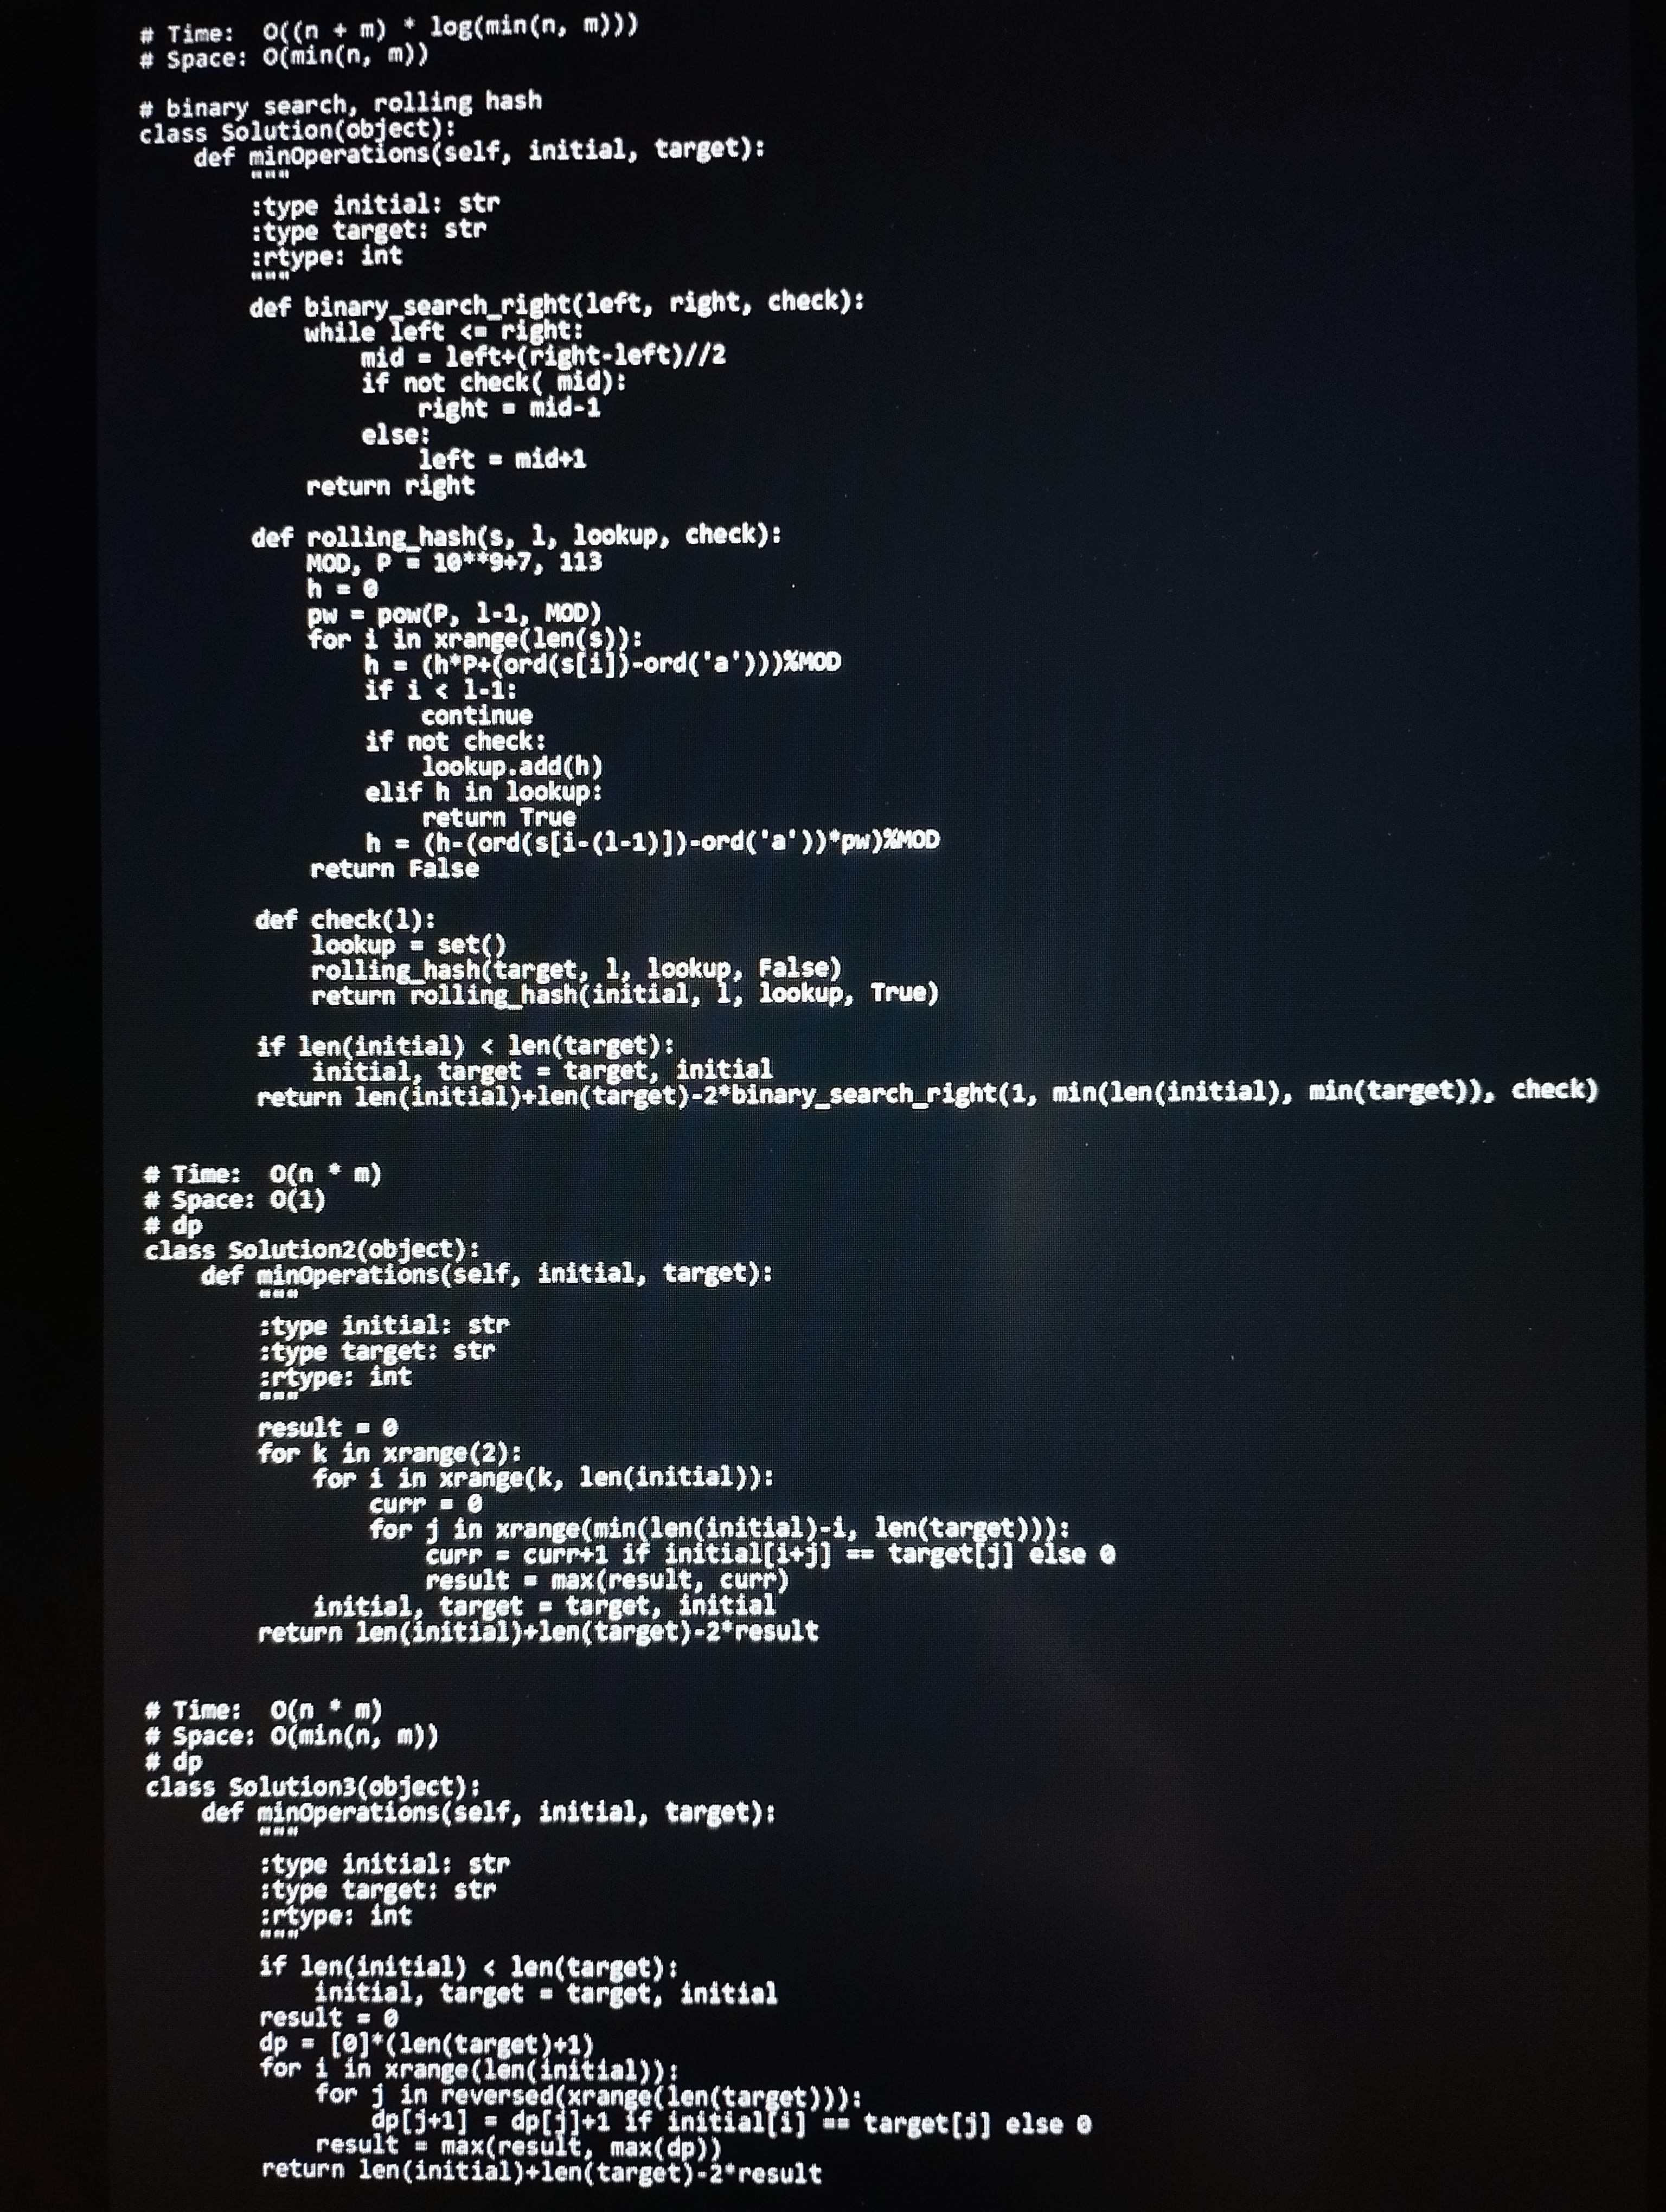
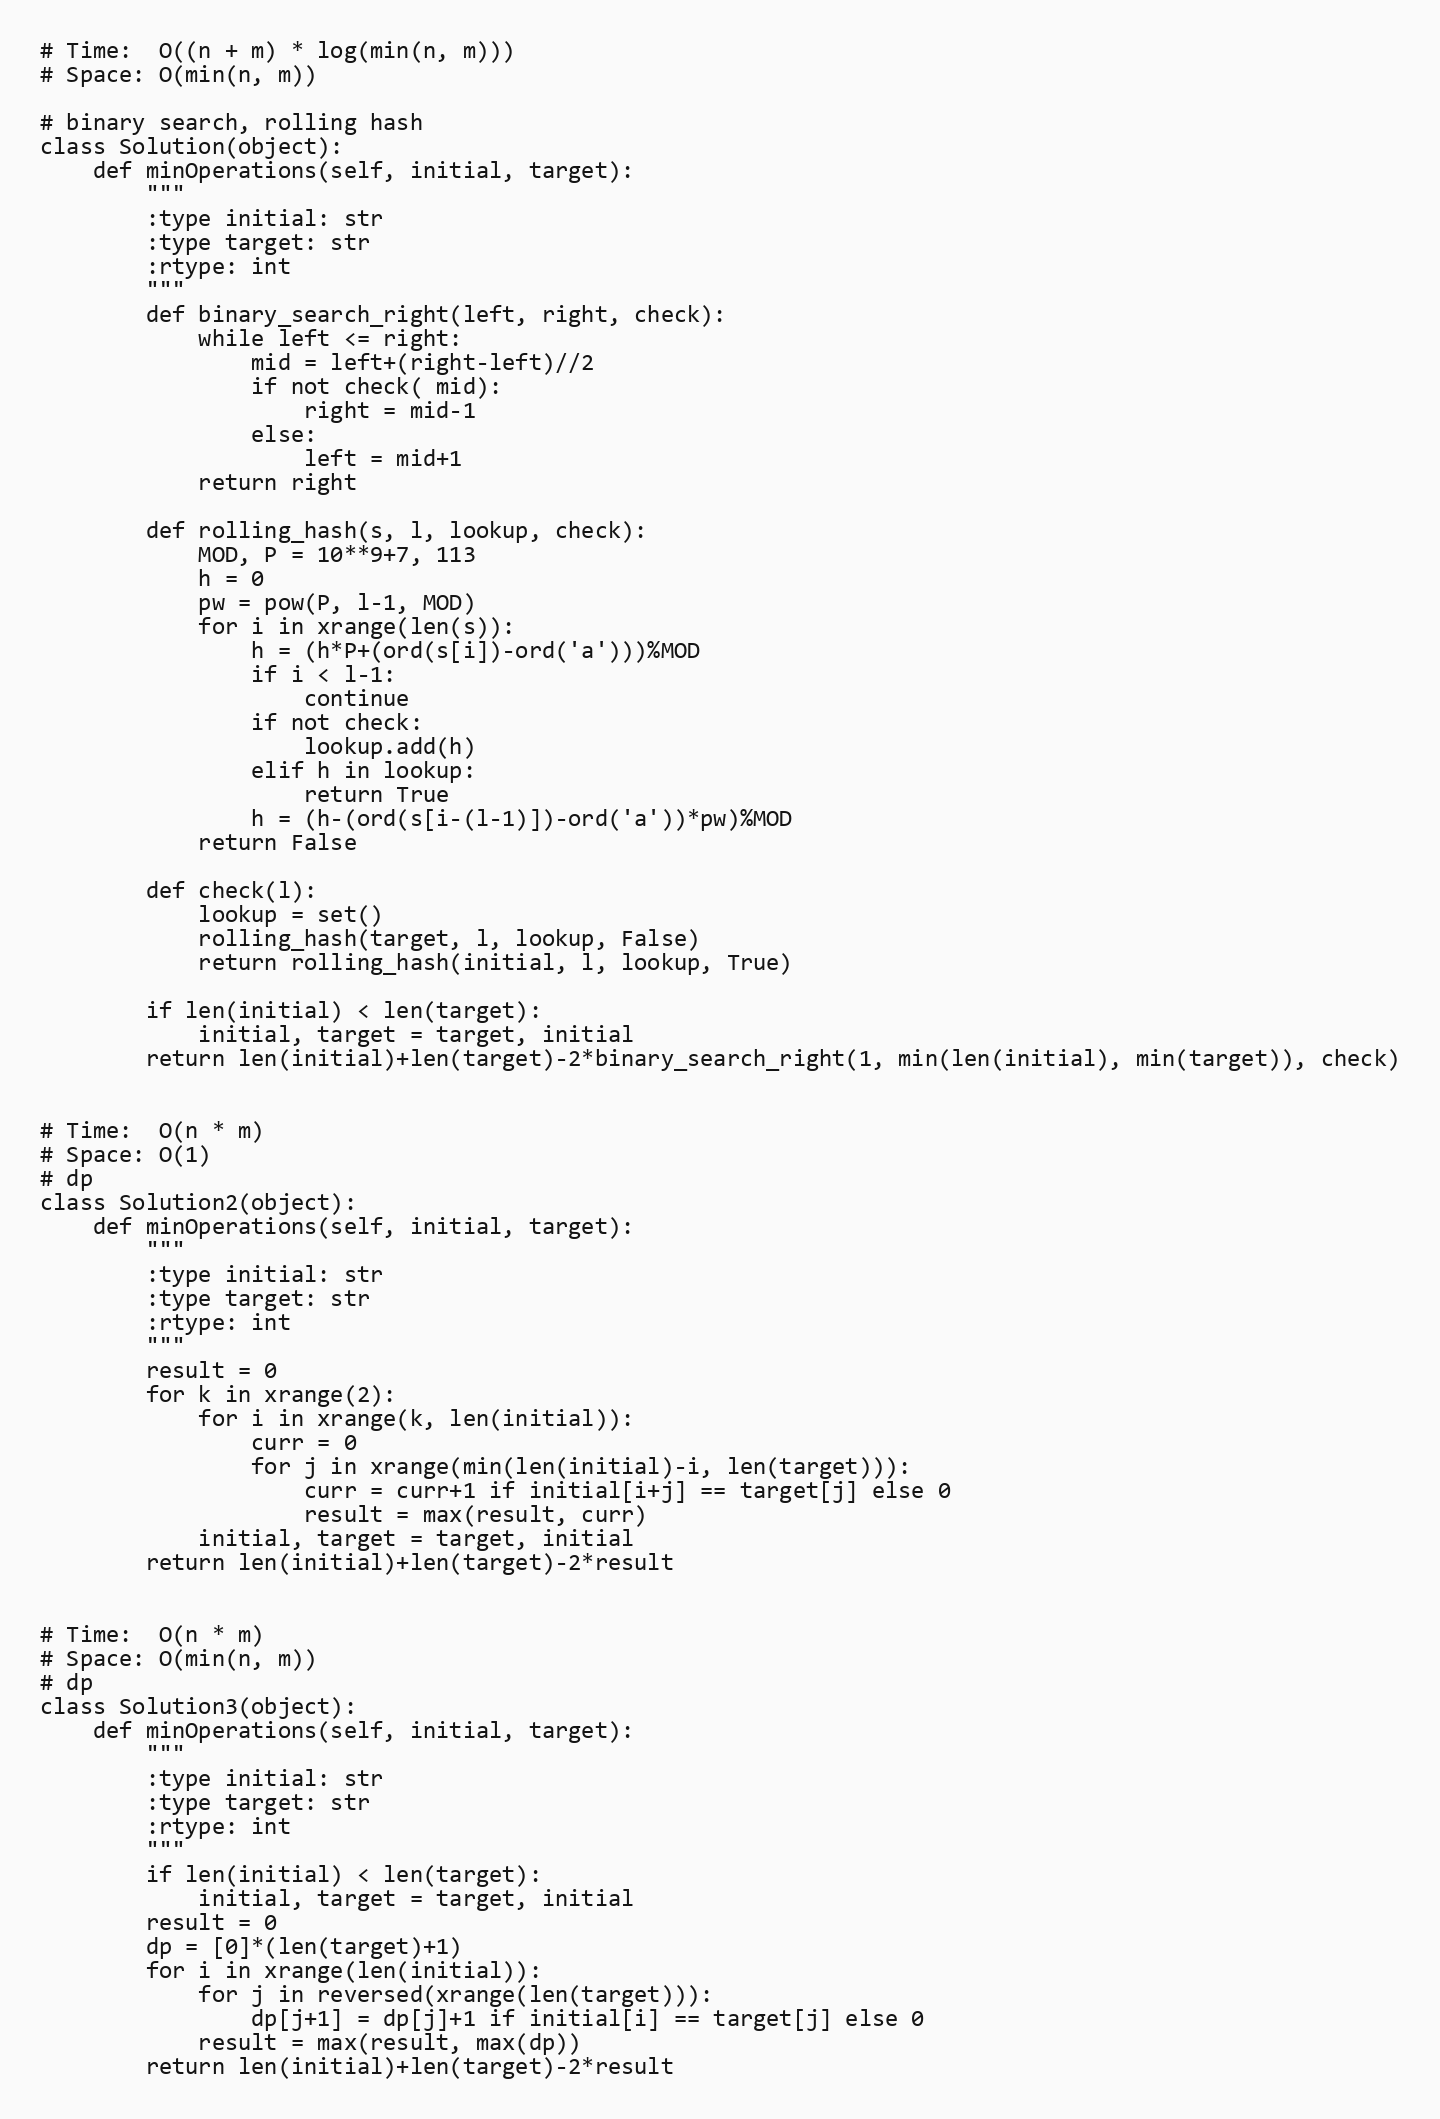
# Time:  O((n + m) * log(min(n, m)))
# Space: O(min(n, m))

# binary search, rolling hash
class Solution(object):
    def minOperations(self, initial, target):
        """
        :type initial: str
        :type target: str
        :rtype: int
        """
        def binary_search_right(left, right, check):
            while left <= right:
                mid = left+(right-left)//2
                if not check( mid):
                    right = mid-1
                else:
                    left = mid+1
            return right

        def rolling_hash(s, l, lookup, check):
            MOD, P = 10**9+7, 113
            h = 0
            pw = pow(P, l-1, MOD)
            for i in xrange(len(s)):
                h = (h*P+(ord(s[i])-ord('a')))%MOD
                if i < l-1:
                    continue
                if not check:
                    lookup.add(h)
                elif h in lookup:
                    return True
                h = (h-(ord(s[i-(l-1)])-ord('a'))*pw)%MOD
            return False

        def check(l):
            lookup = set()
            rolling_hash(target, l, lookup, False)
            return rolling_hash(initial, l, lookup, True)

        if len(initial) < len(target):
            initial, target = target, initial
        return len(initial)+len(target)-2*binary_search_right(1, min(len(initial), min(target)), check)

# Time:  O(n * m)
# Space: O(1)
# dp
class Solution2(object):
    def minOperations(self, initial, target):
        """
        :type initial: str
        :type target: str
        :rtype: int
        """
        result = 0
        for k in xrange(2):
            for i in xrange(k, len(initial)):
                curr = 0
                for j in xrange(min(len(initial)-i, len(target))):
                    curr = curr+1 if initial[i+j] == target[j] else 0
                    result = max(result, curr)
            initial, target = target, initial
        return len(initial)+len(target)-2*result

# Time:  O(n * m)
# Space: O(min(n, m))
# dp
class Solution3(object):
    def minOperations(self, initial, target):
        """
        :type initial: str
        :type target: str
        :rtype: int
        """
        if len(initial) < len(target):
            initial, target = target, initial
        result = 0
        dp = [0]*(len(target)+1)
        for i in xrange(len(initial)):
            for j in reversed(xrange(len(target))):
                dp[j+1] = dp[j]+1 if initial[i] == target[j] else 0
            result = max(result, max(dp))
        return len(initial)+len(target)-2*result